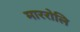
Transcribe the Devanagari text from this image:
माररोलि